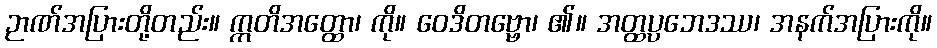
ဉာဏ်အပြားတို့တည်း။ ဣတိအတ္ထော၊ ကို။ ဝေဒိတဗ္ဗော၊ ၏။ အတ္ထပ္ပဘေဒဿ၊ အနက်အပြားကို။